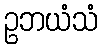
ဥဘယံသံ